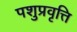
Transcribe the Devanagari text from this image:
पशुप्रवृत्ति